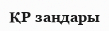
ҚР заңдары